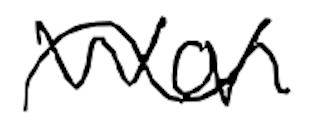
Text: won
Cross-out: wave
Writing tool: digital_black